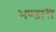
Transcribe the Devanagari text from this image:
भण्‍डारी